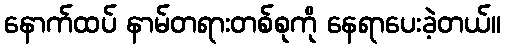
နောက်ထပ် နာမ်တရားတစ်စုကို နေရာပေးခဲ့တယ်။